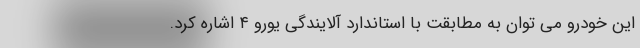
این خودرو می توان به مطابقت با استاندارد آلایندگی یورو ۴ اشاره کرد.